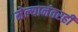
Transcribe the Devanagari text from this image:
मेल्यानंतरही